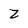
Character: Z